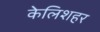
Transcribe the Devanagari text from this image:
केलिशहर